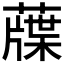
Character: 䕈